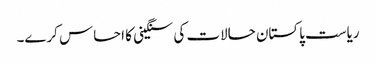
ریاست پاکستان حالات کی سنگینی کا احساس کرے۔